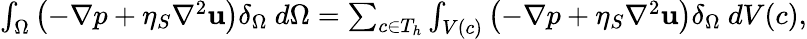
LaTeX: \begin{array}{r}{\int_{\Omega}\left(-\nabla p+\eta_{S}\nabla^{2}\textbf{u}\right)\delta_{\Omega}~d\Omega=\sum_{c\in T_{h}}\int_{V(c)}\left(-\nabla p+\eta_{S}\nabla^{2}\textbf{u}\right)\delta_{\Omega}~dV(c),}\end{array}